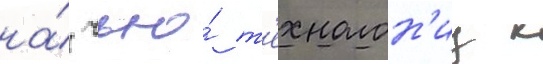
на́ чью́ т'ехнолон'иу к